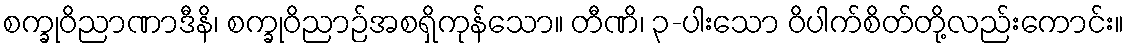
စက္ခုဝိညာဏာဒီနိ၊ စက္ခုဝိညာဉ်အစရှိကုန်သော။ တီဏိ၊ ၃-ပါးသော ဝိပါက်စိတ်တို့လည်းကောင်း။